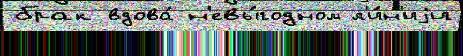
брак вдова́ н'евы́годном л'и́н'иjи